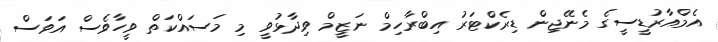
އެމްއާރުޑީސީގެ މެނޭޖިން ޑިރެކްޓަރު އިބްރާހިމް ނަޒީމް ވިދާޅުވީ މި މަސައްކަތް ވީހާވެސް އަވަސް